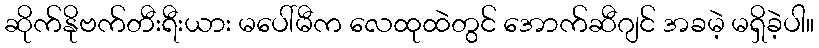
ဆိုက်နိုဗက်တီးရီးယား မပေါ်မီက လေထုထဲတွင် အောက်ဆီဂျင် အခမဲ့ မရှိခဲ့ပါ။